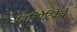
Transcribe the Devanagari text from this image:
ध्वनिपेटिकेचे